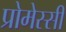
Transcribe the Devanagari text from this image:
प्रोमेस्सी